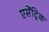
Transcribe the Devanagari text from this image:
एसेंट्रिक